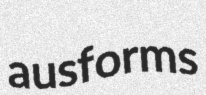
ausforms